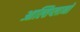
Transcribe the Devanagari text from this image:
आल्तिप्लानो